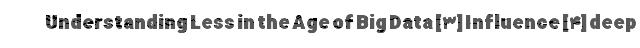
Understanding Less in the Age of Big Data [۳] Influence [۴] deep